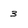
Character: 3